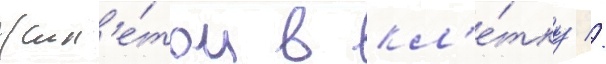
жил'е́том в кл'е́тку //